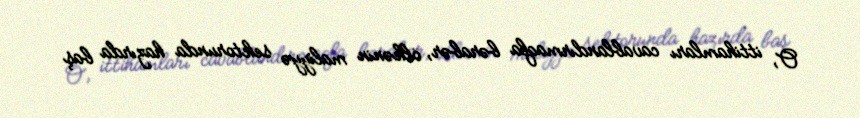
O, ittihamları cavablandırmaqla bərabər, ölkənin maliyyə sektorunda hazırda baş